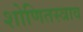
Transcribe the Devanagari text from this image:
शोणितस्त्राव